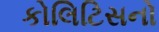
કોલિટિસનો